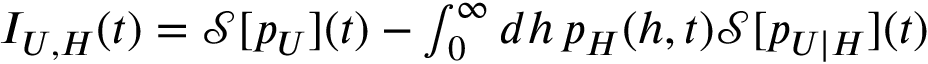
\begin{array} { r } { I _ { U , H } ( t ) = \mathcal { S } [ p _ { U } ] ( t ) - \int _ { 0 } ^ { \infty } d h \, p _ { H } ( h , t ) \mathcal { S } [ p _ { U | H } ] ( t ) } \end{array}